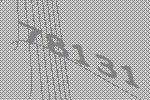
78131